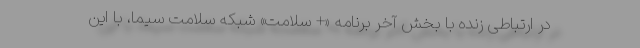
در ارتباطی زنده با بخش آخر برنامه «+ سلامت» شبکه سلامت سیما، با این